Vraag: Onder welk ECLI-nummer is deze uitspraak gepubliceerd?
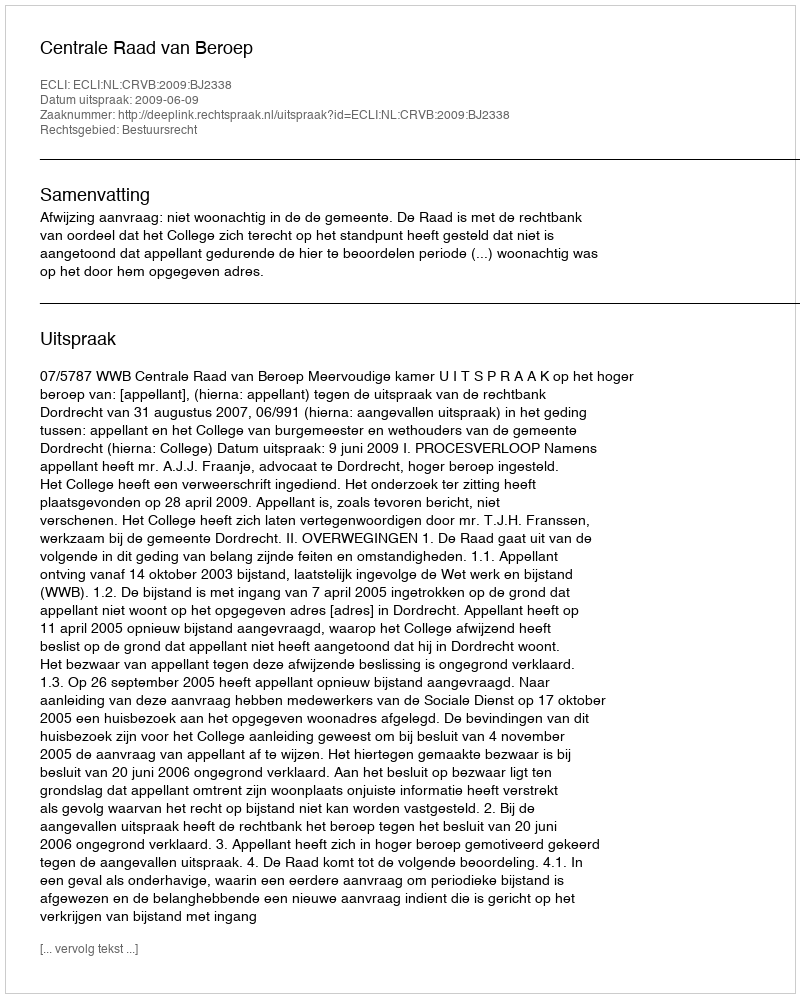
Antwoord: ECLI:NL:CRVB:2009:BJ2338